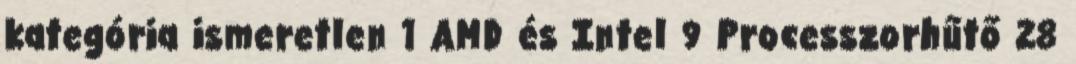
kategória ismeretlen 1 AMD és Intel 9 Processzorhűtő 28